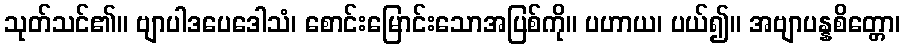
သုတ်သင်၏။ ဗျာပါဒပေဒေါသံ၊ စောင်းမြောင်းသောအပြစ်ကို။ ပဟာယ၊ ပယ်၍။ အဗျာပန္နစိတ္တော၊